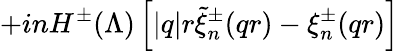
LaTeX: +inH^{\pm}(\Lambda)\left[|q|r\widetilde{\xi}_{n}^{\pm}(qr)-\xi_{n}^{\pm}(qr)\right]